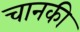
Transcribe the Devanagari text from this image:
चानकी